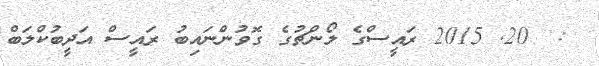
:  20